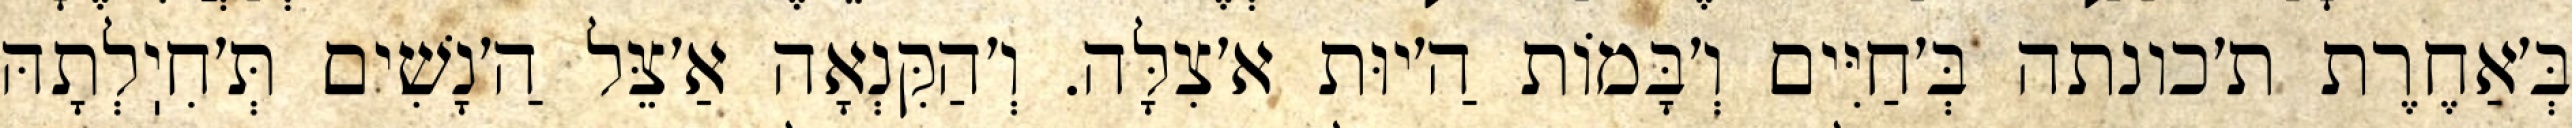
בְּ׳אַחֶרֶת ת׳כונתה בְּ׳חַיִּים וְ׳בָּמוֹת הַ׳יוּת א׳צִלָּה. וְ׳הַקִּנְאָה אַ׳צֵּל הַ׳נָשִׁים תְּ׳חִיֽלְתָהּ